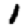
Digit: 1